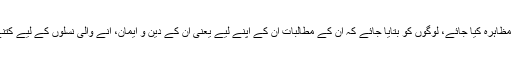
اخلاق کا شاندار مظاہرہ کیا جائے، لوگوں کو بتایا جائے کہ ان کے مطالبات ان کے اپنے لیے یعنی ان کے دین و ایمان، آنے والی نسلوں کے لیے کتنے ضروری ہیں۔